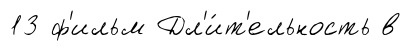
13 ф'ильм Дл'и́т'ельность в